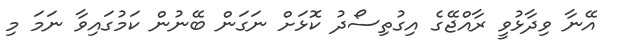
އޭނާ ވިދާޅުވީ ރާއްޖޭގެ އިގުތިސޯދު ކޮޅަށް ނަގަން ބޭނުން ކަމުގައިވާ ނަމަ މި